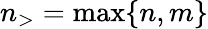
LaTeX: n_{>}=\operatorname*{max}\{ n,m\}